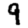
Digit: 9